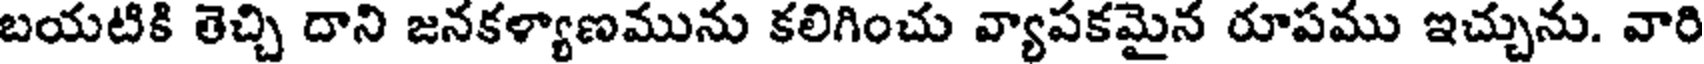
బయటికి తెచ్చి దాని జనకళ్యాణమును కలిగించు వ్యాపకమైన రూపము ఇచ్చును. వారి